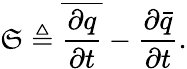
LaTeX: \mathfrak{S}\triangleq\overline{{{\frac{{\partial{}q}}{{\partial{}t}}}}}-\frac{{\partial{}\bar{{q}}}}{{\partial{}t}}.